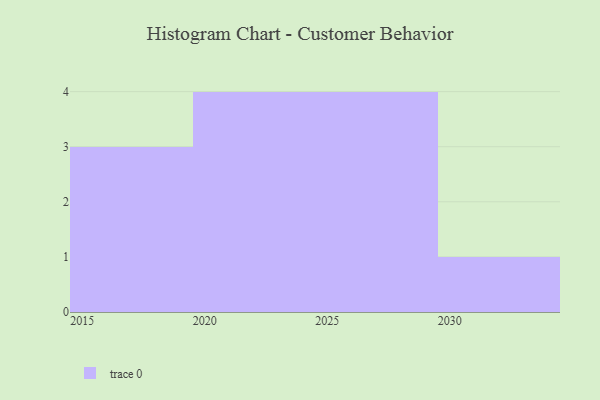
{"axis": {"x": "Year", "y": "Net Income (USD K)"}, "legend": [""], "data": [{"x": "2025", "y": 39, "type": ""}, {"x": "2017", "y": 74, "type": ""}, {"x": "2030", "y": 91, "type": ""}, {"x": "2027", "y": 66, "type": ""}, {"x": "2023", "y": 1, "type": ""}, {"x": "2022", "y": 8, "type": ""}, {"x": "2029", "y": 46, "type": ""}, {"x": "2019", "y": 16, "type": ""}, {"x": "2024", "y": 46, "type": ""}, {"x": "2020", "y": 1, "type": ""}, {"x": "2015", "y": 19, "type": ""}, {"x": "2026", "y": 84, "type": ""}]}